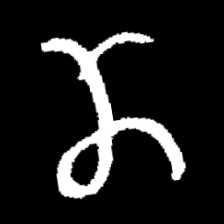
Pyu character \u2014 Myanmar letter: ဏ (romanized: nna)